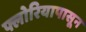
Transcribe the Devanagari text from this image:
फ्लोरियापासून